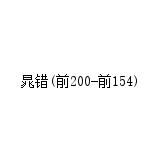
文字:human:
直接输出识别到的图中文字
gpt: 晁错(前200-前154)